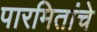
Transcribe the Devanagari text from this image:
पारमितांचे